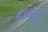
કાયદા